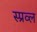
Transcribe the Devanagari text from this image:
स्प्रव्ल